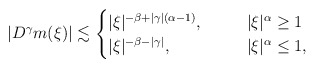
\begin{align*}|D^\gamma m(\xi)|\lesssim\begin{cases}|\xi|^{-\beta+|\gamma|(\alpha-1)}, \:\:\:\: & \:\:\:\: |\xi|^\alpha \geq 1\\|\xi|^{-\beta-|\gamma|}, \:\:\:\: & \:\:\:\: |\xi|^\alpha \leq 1,\end{cases}\end{align*}